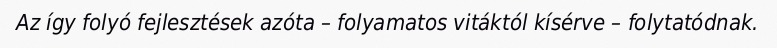
Az így folyó fejlesztések azóta – folyamatos vitáktól kísérve – folytatódnak.